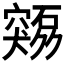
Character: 𫁜